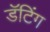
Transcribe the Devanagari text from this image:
डॅटिंग